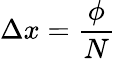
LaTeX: \Delta x={\frac{\phi}{N}}